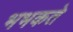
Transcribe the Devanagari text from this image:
भभकते